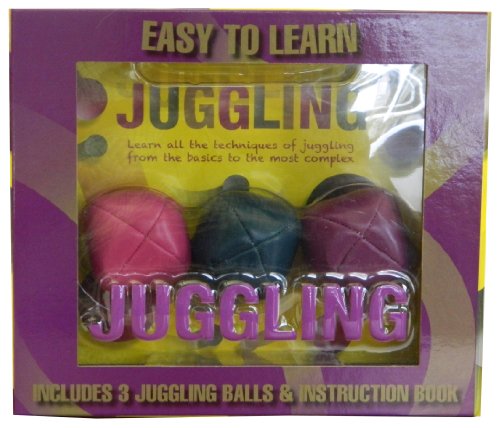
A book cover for Juggling: Easy To Learn (Box Magnetic); Parragon Books; Sports & Outdoors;